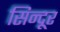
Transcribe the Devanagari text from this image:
सिन्‍दूर